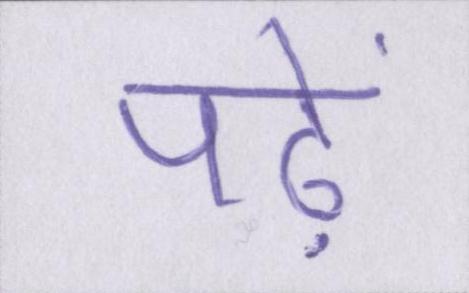
पढ़ें